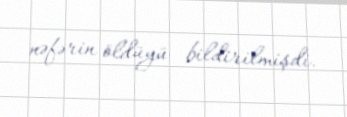
nəfərin öldüyü bildirilmişdi.